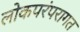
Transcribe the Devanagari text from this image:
लोकपरंपरागत